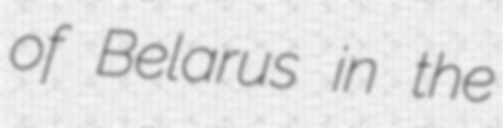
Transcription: of Belarus in the